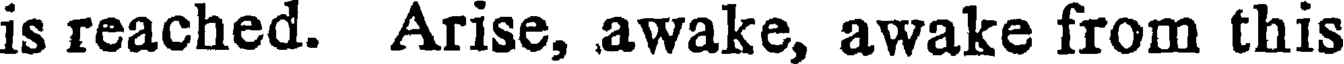
is reached. Arise, awake, awake from this